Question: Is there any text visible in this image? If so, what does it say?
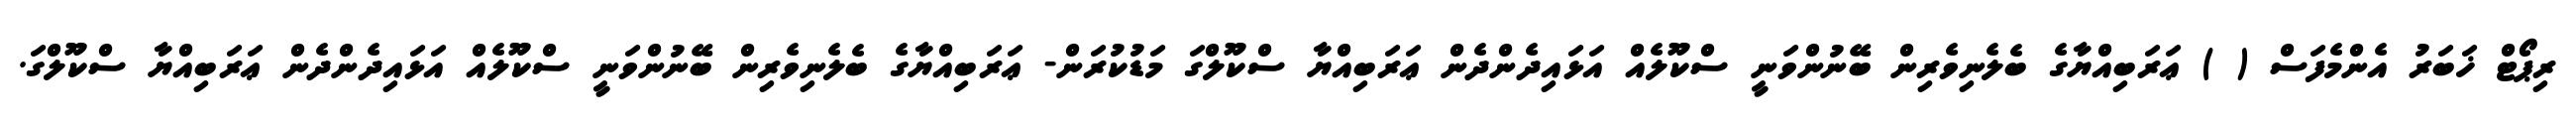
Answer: ރިޕޯޓް ޚަބަރު އެންމެފަސް ( ) ޢަރަބިއްޔާގެ ބެލެނިވެރިން ބޭނުންވަނީ ސްކޫލެއް އަޅައިދެންދެން ޢަރަބިއްޔާ ސްކޫލްގަ މަޑުކުރަން- ޢަރަބިއްޔާގެ ބެލެނިވެރިން ބޭނުންވަނީ ސްކޫލެއް އަޅައިދެންދެން ޢަރަބިއްޔާ ސްކޫލްގަ.